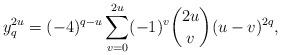
LaTeX: \begin{align*}y_q^{2u}=(-4)^{q-u}\sum_{v=0}^{2u}(-1)^v\binom{2u}{v}(u-v)^{2q},\end{align*}